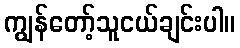
ကျွန်တော့်သူငယ်ချင်းပါ။